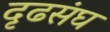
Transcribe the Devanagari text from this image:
दृढसंघ